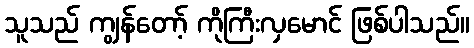
သူသည် ကျွန်တော့် ကိုကြီးလှမောင် ဖြစ်ပါသည်။